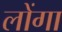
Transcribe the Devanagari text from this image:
लोंगा